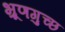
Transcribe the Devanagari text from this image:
भ्रूणगुच्छ